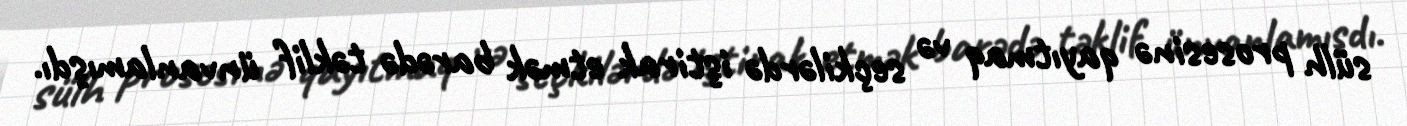
sülh prosesinə qayıtmaq və seçkilərdə iştirak etmək barədə təklif ünvanlamışdı.